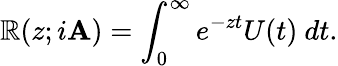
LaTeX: \mathbb{R}(z;i\mathbf{A})=\int_{0}^{\infty}e^{-zt}U(t)~dt.